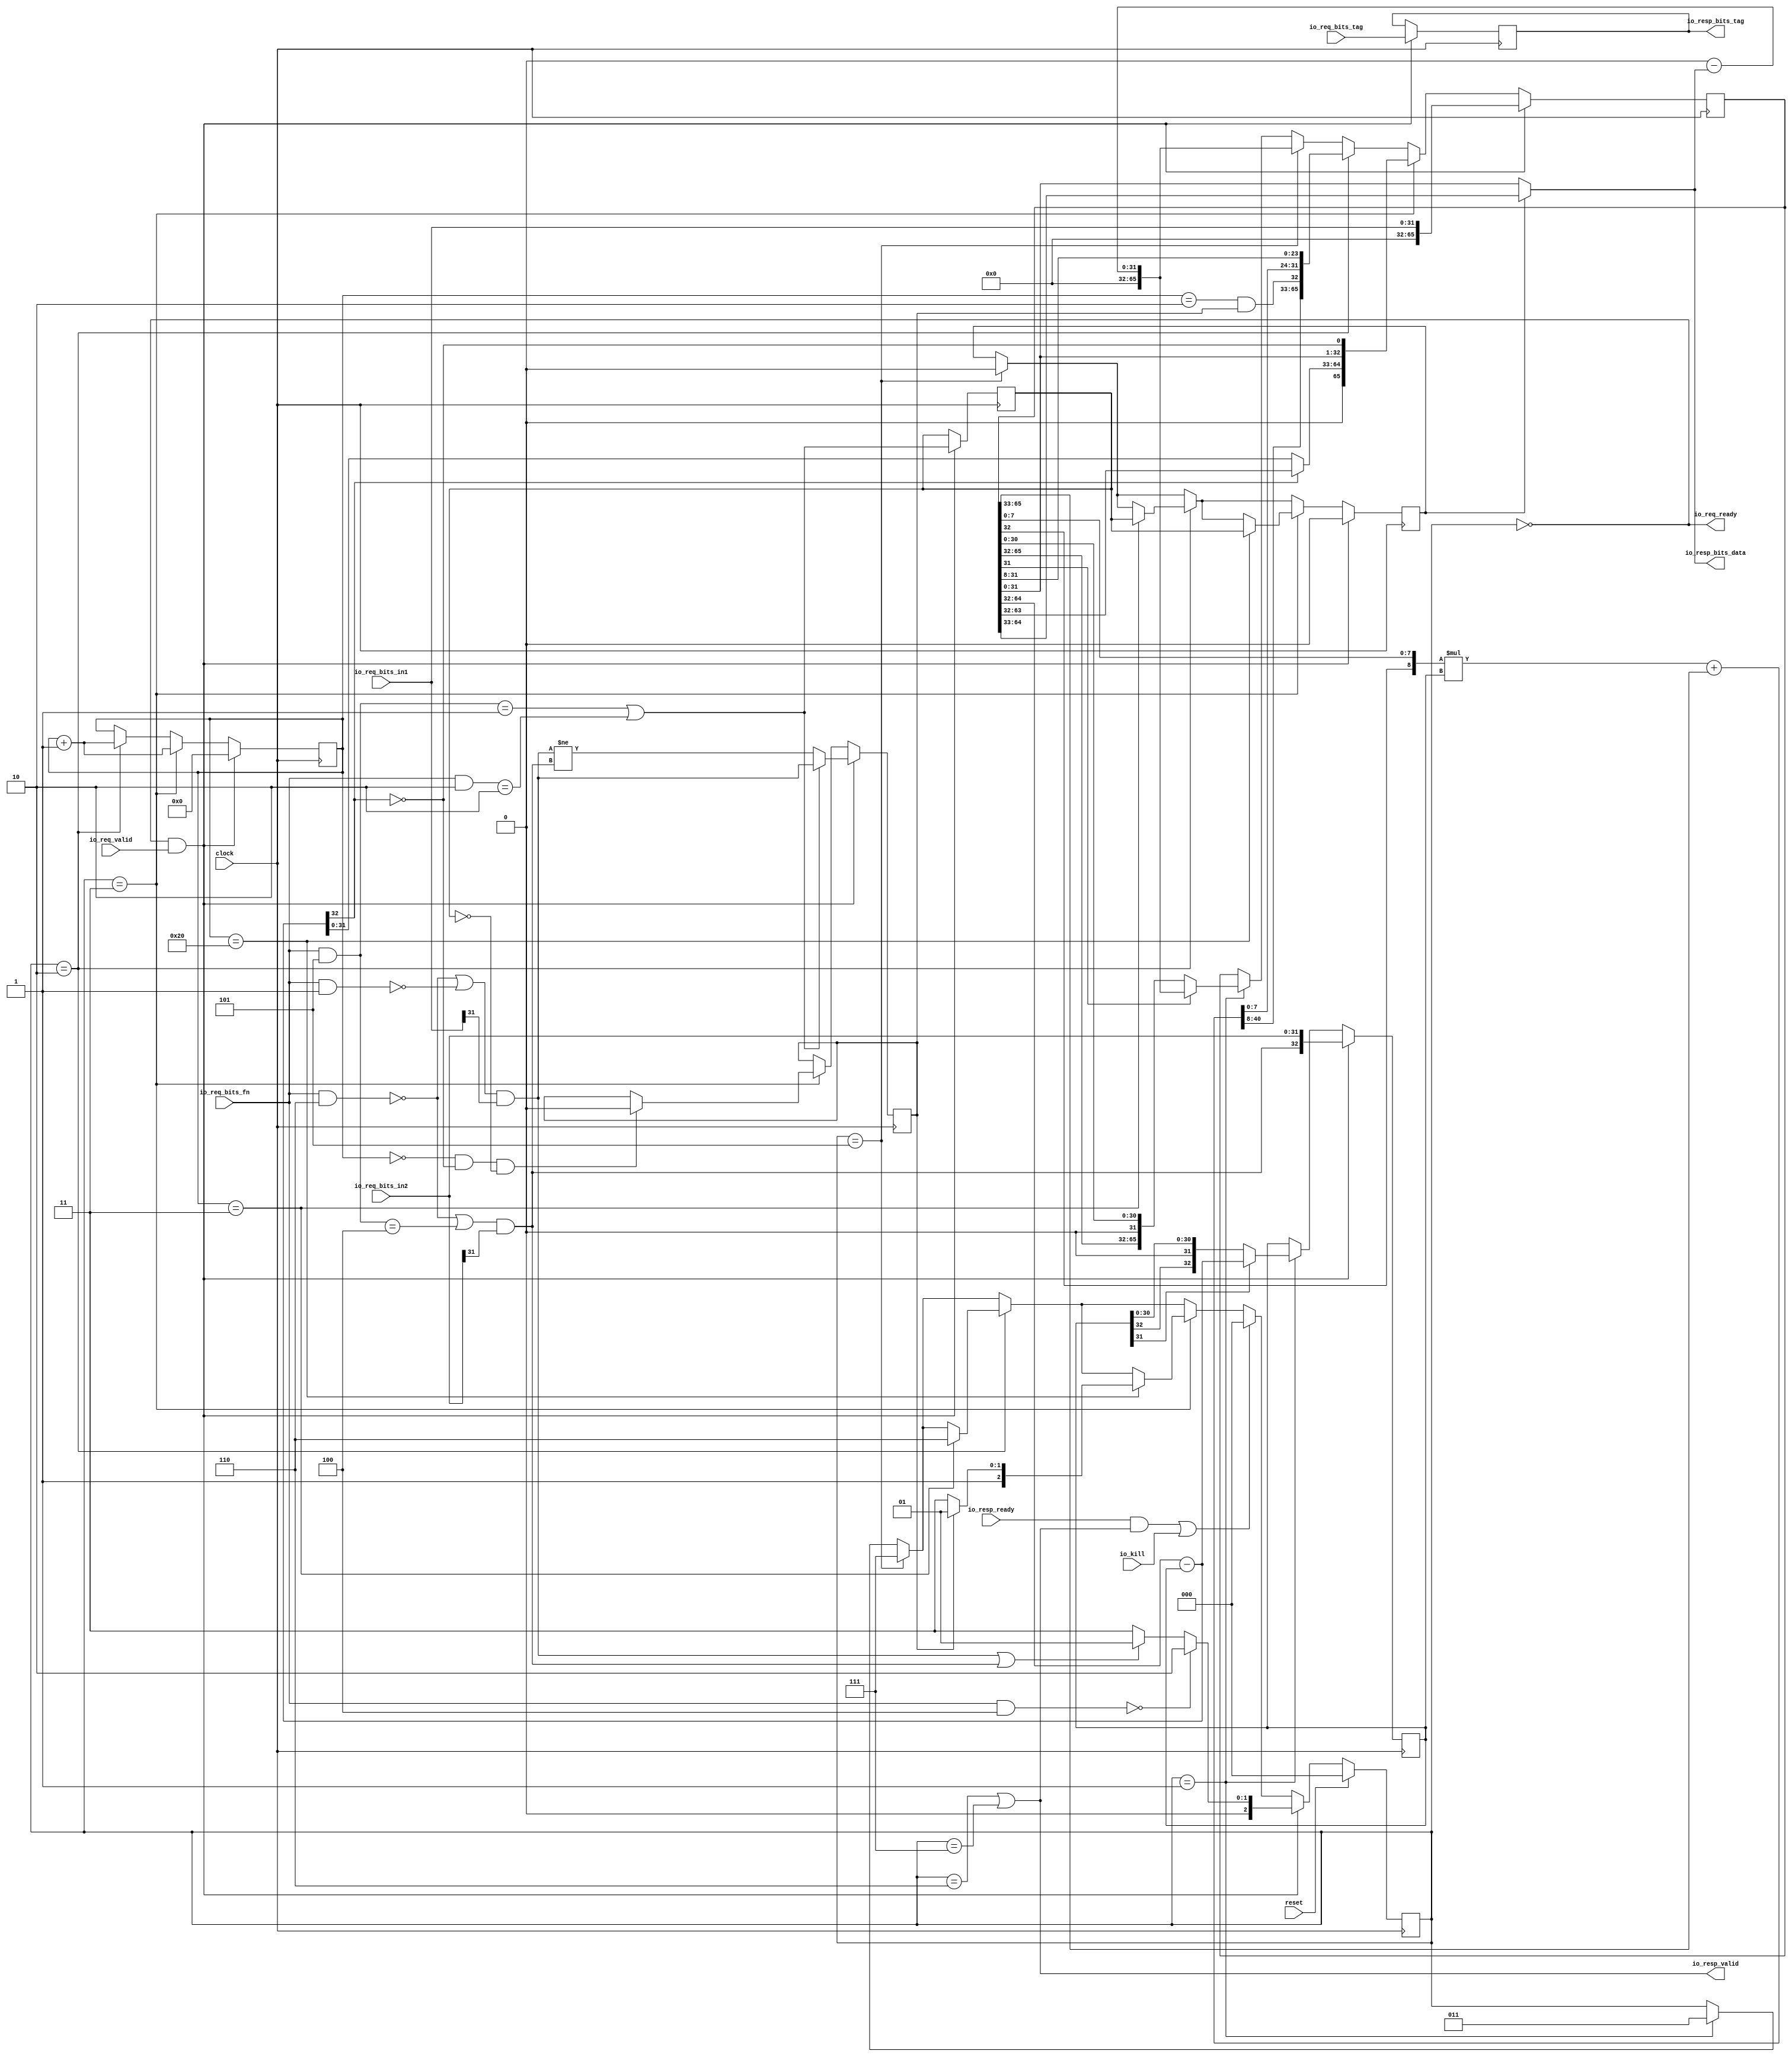
`timescale 1ns / 10ps
module MulDiv(
  input         clock,
  input         reset,
  output        io_req_ready,
  input         io_req_valid,
  input  [3:0]  io_req_bits_fn,
  input  [31:0] io_req_bits_in1,
  input  [31:0] io_req_bits_in2,
  input  [4:0]  io_req_bits_tag,
  input         io_kill,
  input         io_resp_ready,
  output        io_resp_valid,
  output [31:0] io_resp_bits_data,
  output [4:0]  io_resp_bits_tag
);

  reg [2:0] state;
  reg [31:0] _RAND_0;
  reg [4:0] req_tag;
  reg [31:0] _RAND_1;
  reg [5:0] count;
  reg [31:0] _RAND_2;
  reg  neg_out;
  reg [31:0] _RAND_3;
  reg  isHi;
  reg [31:0] _RAND_4;
  reg  resHi;
  reg [31:0] _RAND_5;
  reg [32:0] divisor;
  reg [63:0] _RAND_6;
  reg [65:0] remainder;
  reg [95:0] _RAND_7;

  wire  s_ready = state == 6'h0;
  wire	s_neg_inputs = state == 3'h1;
  wire	s_mul = state == 3'h2;
  wire	s_div = state == 3'h3;
  wire	s_neg_output = state == 3'h5;
  wire	s_done_mul = state == 3'h6;
  wire	s_done_div = state == 3'h7;

  wire  cmdMul;
  wire  cmdHi;
  wire  lhsSigned;
  wire  rhsSigned;
  wire  lhs_sign;
  wire [31:0] lhs_in;
  wire  rhs_sign;
  wire [31:0] rhs_in;
  wire [32:0] subtractor;
  wire [31:0] result;
  wire [31:0] negated_remainder;
  wire [64:0] mulReg;
  wire  mplierSign;
  wire [31:0] mplier;
  wire [32:0] accum;
  wire [32:0] mpcand;
  wire [8:0] _T_53;
  wire [41:0] _T_54;
  wire [41:0] _T_56;
  wire [41:0] prod;
  wire [65:0] nextMulReg;
  wire  nextMplierSign;
  wire [64:0] nextMulReg1;
  wire [65:0] _T_83;
  wire [5:0] _T_85;
  wire [31:0] _T_92;
  wire  _T_94;
  wire [64:0] _T_96;
  wire  _T_104;
  wire  _T_106;
  wire  io_resp_fire;
  wire  io_req_fire;
  wire [15:0] loOut;

// Decode
  assign cmdMul = (io_req_bits_fn & 4'h4) == 4'h0;
  assign cmdHi = ((io_req_bits_fn & 4'h5) == 4'h1) | ((io_req_bits_fn & 4'h2) == 4'h2);
  assign lhsSigned = ((io_req_bits_fn & 4'h6) == 4'h0) | ((io_req_bits_fn & 4'h1) == 4'h0);
  assign rhsSigned = ((io_req_bits_fn & 4'h6) == 4'h0) | (((io_req_bits_fn & 4'h5)) == 4'h4);

// Sign calculate
  assign lhs_sign = lhsSigned & io_req_bits_in1[31];
  assign lhs_in = io_req_bits_in1[31:0];
  assign rhs_sign = rhsSigned & io_req_bits_in2[31];
  assign rhs_in = io_req_bits_in2[31:0];

  assign subtractor = remainder[64:32] - divisor;
  assign result = resHi ? remainder[64:33] : remainder[31:0];
  assign negated_remainder = 32'h0 - result;
  assign mulReg = {remainder[65:33], remainder[31:0]};
  assign mplierSign = remainder[32];
  assign mplier = mulReg[31:0];
  assign accum = $signed(mulReg[64:32]);
  assign mpcand = $signed(divisor);
  assign _T_53 = $signed({mplierSign, mplier[7:0]});
  assign _T_54 = $signed({{24{_T_53[8]}},_T_53}) * $signed(mpcand);
  assign _T_56 = $signed(_T_54) + $signed({{9{accum[32]}},accum});
  assign prod = $signed(_T_56);
  assign nextMulReg = {$unsigned(prod),mplier[31:8]};
  assign nextMplierSign = (count == 6'h2) & neg_out;
  assign nextMulReg1 = {nextMulReg[64:32],nextMulReg[31:0]};
  assign _T_83 = {nextMulReg1[64:32],nextMplierSign,nextMulReg1[31:0]};
  assign _T_85 = count + 6'h1;
  assign _T_92 = subtractor[32] ? remainder[63:32] : subtractor[31:0];
  assign _T_94 = subtractor[32] == 1'h0;
  assign _T_96 = {_T_92,remainder[31:0],_T_94};
  assign _T_104 = (count == 6'h0) & _T_94;
  assign _T_106 = _T_104 & !isHi;
  assign io_resp_fire = io_resp_ready & io_resp_valid;
  assign io_req_fire = io_req_ready & io_req_valid;
  assign loOut = result[15:0];
  assign io_req_ready = s_ready;
  assign io_resp_valid = s_done_mul | s_done_div;
  assign io_resp_bits_data = {result[31:16], loOut};
  assign io_resp_bits_tag = req_tag;

`ifdef RANDOMIZE_GARBAGE_ASSIGN
`define RANDOMIZE
`endif
`ifdef RANDOMIZE_INVALID_ASSIGN
`define RANDOMIZE
`endif
`ifdef RANDOMIZE_REG_INIT
`define RANDOMIZE
`endif
`ifdef RANDOMIZE_MEM_INIT
`define RANDOMIZE
`endif
`ifndef RANDOM
`define RANDOM $random
`endif
`ifdef RANDOMIZE_MEM_INIT
  integer initvar;
`endif
initial begin
  `ifdef RANDOMIZE
    `ifdef INIT_RANDOM
      `INIT_RANDOM
    `endif
    `ifndef VERILATOR
      `ifdef RANDOMIZE_DELAY
        #`RANDOMIZE_DELAY begin end
      `else
        #0.002 begin end
      `endif
    `endif
  `ifdef RANDOMIZE_REG_INIT
  _RAND_0 = {1{`RANDOM}};
  state = _RAND_0[2:0];
  `endif // RANDOMIZE_REG_INIT
  `ifdef RANDOMIZE_REG_INIT
  _RAND_1 = {1{`RANDOM}};
  req_tag = _RAND_1[4:0];
  `endif // RANDOMIZE_REG_INIT
  `ifdef RANDOMIZE_REG_INIT
  _RAND_2 = {1{`RANDOM}};
  count = _RAND_2[5:0];
  `endif // RANDOMIZE_REG_INIT
  `ifdef RANDOMIZE_REG_INIT
  _RAND_3 = {1{`RANDOM}};
  neg_out = _RAND_3[0:0];
  `endif // RANDOMIZE_REG_INIT
  `ifdef RANDOMIZE_REG_INIT
  _RAND_4 = {1{`RANDOM}};
  isHi = _RAND_4[0:0];
  `endif // RANDOMIZE_REG_INIT
  `ifdef RANDOMIZE_REG_INIT
  _RAND_5 = {1{`RANDOM}};
  resHi = _RAND_5[0:0];
  `endif // RANDOMIZE_REG_INIT
  `ifdef RANDOMIZE_REG_INIT
  _RAND_6 = {2{`RANDOM}};
  divisor = _RAND_6[32:0];
  `endif // RANDOMIZE_REG_INIT
  `ifdef RANDOMIZE_REG_INIT
  _RAND_7 = {3{`RANDOM}};
  remainder = _RAND_7[65:0];
  `endif // RANDOMIZE_REG_INIT
  `endif // RANDOMIZE
end

  always @(posedge clock) begin
    if (reset) begin
      state <= #1 3'h0;
    end else begin
      if (io_req_fire) begin
        if (cmdMul) begin
          state <= #1 3'h2;
        end else begin
          if (lhs_sign | rhs_sign) begin
            state <= #1 3'h1;
          end else begin
            state <= #1 3'h3;
          end
        end
      end else begin
        if (io_resp_fire | io_kill) begin
          state <= #1 3'h0;
        end else begin
          if (s_div) begin
            if (count == 6'h20) begin
              if (neg_out) begin
                state <= #1 3'h5;
              end else begin
                state <= #1 3'h7;
              end
            end else begin
              if (s_mul) begin
                if (count == 6'h3) begin
                  state <= #1 3'h6;
                end else begin
                  if (s_neg_output) begin
                    state <= #1 3'h7;
                  end else begin
                    if (s_neg_inputs) begin
                      state <= #1 3'h3;
                    end
                  end
                end
              end else begin
                if (s_neg_output) begin
                  state <= #1 3'h7;
                end else begin
                  if (s_neg_inputs) begin
                    state <= #1 3'h3;
                  end
                end
              end
            end
          end else begin
            if (s_mul) begin
              if (count == 6'h3) begin
                state <= #1 3'h6;
              end else begin
                if (s_neg_output) begin
                  state <= #1 3'h7;
                end else begin
                  if (s_neg_inputs) begin
                    state <= #1 3'h3;
                  end
                end
              end
            end else begin
              if (s_neg_output) begin
                state <= #1 3'h7;
              end else begin
                if (s_neg_inputs) begin
                  state <= #1 3'h3;
                end
              end
            end
          end
        end
      end
    end
    if (io_req_fire) begin
      req_tag <= #1 io_req_bits_tag;
    end
    if (io_req_fire) begin
      count <= #1 6'h0;
    end else begin
      if (s_div) begin
        count <= #1 _T_85;
      end else begin
        if (s_mul) begin
          count <= #1 _T_85;
        end
      end
    end
    if (io_req_fire) begin
      if (cmdHi) begin
        neg_out <= #1 lhs_sign;
      end else begin
        neg_out <= #1 lhs_sign != rhs_sign;
      end
    end else begin
      if (s_div) begin
        if (_T_106) begin
          neg_out <= #1 1'h0;
        end
      end
    end
    if (io_req_fire) begin
      isHi <= #1 cmdHi;
    end
    if (io_req_fire) begin
      resHi <= #1 1'h0;
    end else begin
      if (s_div) begin
        if (count == 6'h20) begin
          resHi <= #1 isHi;
        end else begin
          if (s_mul) begin
            if (count == 6'h3) begin
              resHi <= #1 isHi;
            end else begin
              if (s_neg_output) begin
                resHi <= #1 1'h0;
              end
            end
          end else begin
            if (s_neg_output) begin
              resHi <= #1 1'h0;
            end
          end
        end
      end else begin
        if (s_mul) begin
          if (count == 6'h3) begin
            resHi <= #1 isHi;
          end else begin
            if (s_neg_output) begin
              resHi <= #1 1'h0;
            end
          end
        end else begin
          if (s_neg_output) begin
            resHi <= #1 1'h0;
          end
        end
      end
    end
    if (io_req_fire) begin
      divisor <= #1 {rhs_sign,rhs_in};
    end else begin
      if (s_neg_inputs) begin
        if (divisor[31]) begin
          divisor <= #1 subtractor;
        end
      end
    end
    if (io_req_fire) begin
      remainder <= #1 {{34'd0}, lhs_in};
    end else begin
      if (s_div) begin
        remainder <= #1 {{1'd0}, _T_96};
      end else begin
        if (s_mul) begin
          remainder <= #1 _T_83;
        end else begin
          if (s_neg_output) begin
            remainder <= #1 {{34'd0}, negated_remainder};
          end else begin
            if (s_neg_inputs) begin
              if (remainder[31]) begin
                remainder <= #1 {{34'd0}, negated_remainder};
              end
            end
          end
        end
      end
    end
  end
endmodule